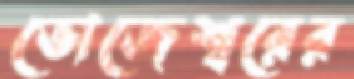
ভোজেশ্বরের